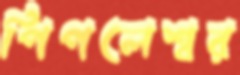
পিপলেশ্বর